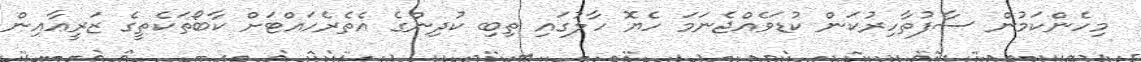
މިހެންކަމުން ސާފުތާހިރުކަން ކުޑަވެއްޖެނަމަ ހެޔޮ ހާލުގައި ތިބި ކުދިންގެ އެތެރެހައްޓަށް ކާބޯތަކެތީގެ ޒަރީޢާއިން